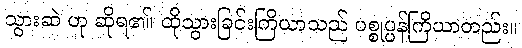
သွားဆဲ ဟု ဆိုရ၏၊ ထိုသွားခြင်းကြိယာသည် ပစ္စုပ္ပန်ကြိယာတည်း။